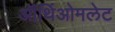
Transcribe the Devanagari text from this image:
ऑर्थिओमलेट